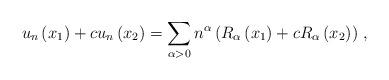
LaTeX: \begin{align*}u_{n}\left( x_{1}\right) +cu_{n}\left( x_{2}\right) =\sum_{\alpha>0}n^{\alpha}\left( R_{\alpha}\left( x_{1}\right) +cR_{\alpha}\left(x_{2}\right) \right) \,, \end{align*}